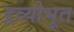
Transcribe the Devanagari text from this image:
द्रव्यीभूत